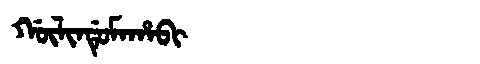
Manchu: ᡤᡡᠯᡳᠨᡩᡠᠮᠠᡥᠠᠪᡳ
Romanization: GŪLINDUMAHABI